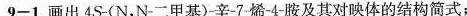
9-1.画出4S-(N，N-二甲基)辛-7-烯-4-胺及其对映体的结构简式；